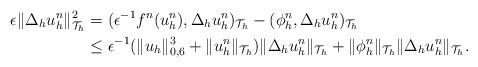
LaTeX: \begin{align*}\epsilon\|\Delta_h u_h^n\|^2_{\mathcal{T}_h}&=(\epsilon^{-1}f^n(u^n_h),\Delta_h u^n_h)_{\mathcal{T}_h}-(\phi_h^n,\Delta_h u^n_h)_{\mathcal{T}_h}\\&\le \epsilon^{-1}(\|u_h\|_{0,6}^3+\|u_h^n\|_{\mathcal T_h})\|\Delta_h u_h^n\|_{\mathcal{T}_h}+\|\phi_h^n\|_{\mathcal T_h}\|\Delta_h u_h^n\|_{\mathcal{T}_h}.\end{align*}